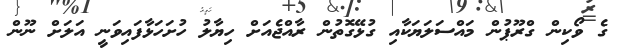
ގެ ވޯކިން ގްރޫޕުން މައްސަލަޔަކާއި ގުޅޭގޮތުން ރާއްޖެއަށް ހިޔާލު ހުށަހަޅާފައިވަނީ އަލަށް ނޫން